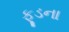
ફૂડના